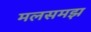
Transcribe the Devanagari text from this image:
मलसमझ